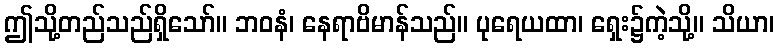
ဤသို့တည်သည်ရှိသော်။ ဘဝနံ၊ နေရာဗိမာန်သည်။ ပုရေယထာ၊ ရှေး၌ကဲ့သို့။ သိယာ၊